Lunatic asylums Madras 1892-1911 - 1892-1911
Year: 1892
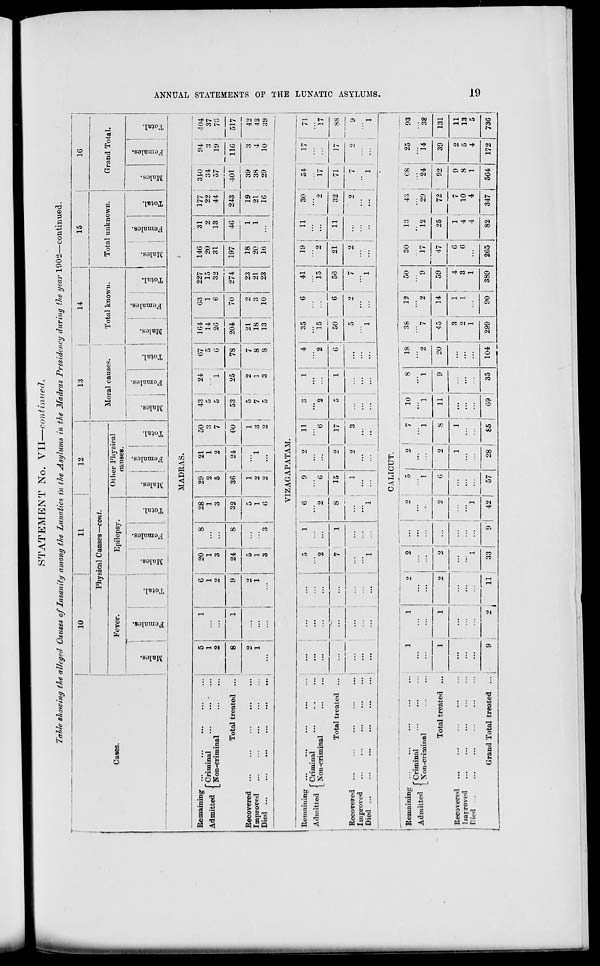
ANNUAL STATEMENTS OF THE LUNATIC ASYLUMS.
19
s
"■ 4J
P)
o
CM
©
OS
■5J
11
3
^
O
>
5>
=0
,
^
o
<x>
&
r^
■ to
p '5
£ ■S
S3 to
i—i
jSi
W H
EH
<
to
5*.
r—
X
=0
s
£
T^OL
g
o
EH
co
I-l
§
•sax'suioj
C
•S0lt3J\[
a
'Woj;
is
0
>~ 1
*9
in 1
1
s
•soiBiua^
rt
O
1
1
EH
•so^If
T^oj,
o
iH
ial kn
•sapsrao^
o
EH
•S0[BJ\[
"WOji
m
0)
0
eS
95
t-H
o
•sapnuo^
2 o
•S0[tfjlf
•[i3;ox
o
tfi
•
CM
r-l
—. no
u si
•sa[TJrao^
a> -
-
O
•sap}^
•l«?°Ji
s
r u>
i—1
i-l
m
CJ
o
•sapjtnoj
§ at %
O
«
•soiT)]\r
W
£>
PH
•moj,
■J.
O
r-l
a
>
4)
■soiuuto^
fe
•SOJBJ\[
1
o
CO
<
R
5
H4 1^ CO
l^ I M CM OS
O OS 1> I IH
rti -t co
rf
i MS
■# OS OS
-H eo MS i o
co
I -f
1^ N ■*
*>• CM ■#
M
OS »fl O
OS 33 as
OS OS SI
fl!HO
H»lrt
1-4 <M0S
CO
rH
QOH
-# M CO
-f
OS
1> 1(3*1 I rft
CM iH CO
1^.
IM
M
ooon
rH <N rH
CO iH 00
IM <M CM
CO r-l CD
CO
O
oi eo o
H4 -fi to
TB
CD r-l CM
o
T-t
<M
i>-MS CD
CD
-fl
rH
<M
co io o
r-l rH IM
CM
OS CM >iS
CM
O r-l (M
iSrtfl
00
1>
3>1
CO
LO
o
CD
(M
CD
CO
—i co co
CM r-i r-i
1> 00 CO
<M r-i CO
in i> us
H CO CM
00
O
: : :
•4J
a
•4J
o
1
EH
B
SflJ
•S 1
3«
. B o
:o!z;
so
S rr)
•a 1
j s
a a
O T3
M CM
00 r-l CO
CM
CM
CO
O rH O
CO
CO
. W
O rH CO
IM
CM
O rH CO
M r-4
01 rH
2 i :
> 9
O S- r-
o &5
.a la
—I
t.
i>
: FH
I>
o
: r-
co
a
00
J^
71
I
P-.
CO
00
OS : co
O
IM
CM
Ol
co ;
I co
OS
IM
i—i
CM
(M
:
:
1-1
: i—i
CD
l>
H
CD
CD
1(5
m
o
CO
; r-l
US
-fl
CM
CD
Ol
lO
r-l
CO
CM
i-l
to
<M
US
1^
CO
OS
CD
1(5
CD
CM
CO I
H
10
CM
i-i
r-4
: : :
i
: : : / •
: : :
CS
O
-u
: :
I o
"rt
H
c
r -= 3
• a .3
s B
• 2 B
9 I
:'S,o
:o^
bo
.5 Tg
I 1
a <5
"3
O
E | :
| g
O
H JT eg
H ^Q
eo
05 U0
o
CO
in
CM
-Ji
: r-1
cs
CO
CM U5 H4
iH
00
H4
: <M
Ol
CS X rH
H4
CO
lO
H 1
OS
: <M
CM
. 1-4
CM
H
03
CO
1—1
us
iM
i-l Ht -fi
CM
CO
o
03
: i—i
i
1
O CD
1(3
co
CM
O
m
cs
CS
H* OS i-4
CS
CO
<M
CM
rf>
r-l i-l
CC
i>
CO
•
CO
<M
o
Mi
CO <M
o
cs
cs
os
<M
O
01
CO
1-4
O
iH
OS
H4
»
3 !
i>
, Ol
o ! —
•—I
'
00
(N
lO
co
Ol
CO
m
oo
oo
CM
1>
in
CM
CM
H4
cs
eo
co
01
os
• •
rt
+i
rt
—
O
09
H
:-= ?.
a 6
•5 o
a I
•To
:5J«
I—r— '
iu
1 1
a t->
• -«
-w
CS •-
a =
O IH
j M -<1
-o
rt
as
E
o
H
13
rt
«
a
I" :
B x
a KM
PS — i^